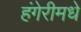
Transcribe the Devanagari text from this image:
हंगेरीमधे